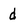
Character: d